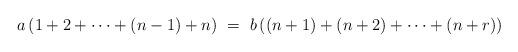
LaTeX: \begin{align*} a\left(1+2+\cdots+(n-1)+n\right)\ = \ b\left((n+1)+(n+2)+\cdots+(n+r)\right)\end{align*}